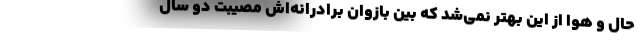
حال و هوا از این بهتر نمی‌شد که بین بازوان برادرانه‌اش مصیبت دو سال